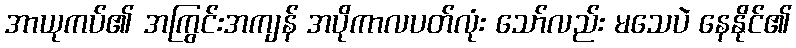
အာယုကပ်၏ အကြွင်းအကျန် အပိုကာလပတ်လုံး သော်လည်း မသေပဲ နေနိုင်၏